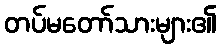
တပ်မတော်သားများ၏